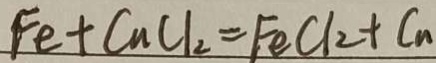
F e + C u C l _ { 2 } = F e C l _ { 2 } + C _ { n }